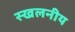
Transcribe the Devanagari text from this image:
स्खलनीय